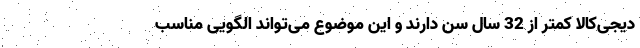
دیجی‌کالا کمتر از 32 سال سن دارند و این موضوع می‌تواند الگویی مناسب